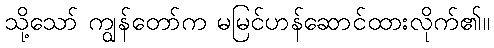
သို့သော် ကျွန်တော်က မမြင်ဟန်ဆောင်ထားလိုက်၏။